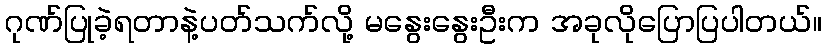
ဂုဏ်ပြုခဲ့ရတာနဲ့ပတ်သက်လို့ မနွေးနွေးဦးက အခုလိုပြောပြပါတယ်။